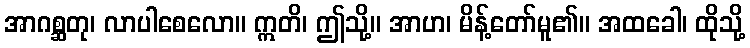
အာဂစ္ဆတု၊ လာပါစေလော။ ဣတိ၊ ဤသို့။ အာဟ၊ မိန့်တော်မူ၏။ အထခေါ၊ ထိုသို့